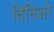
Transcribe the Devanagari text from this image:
तिनिओ